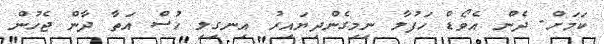
ކަމަށް. ދެން އެވޯޑް ހަފުލާ ނިމިގެންދިޔައިރު އިނގިލި ހުސް އަތާ ދާން ޖެހުން